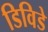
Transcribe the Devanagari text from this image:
डिविडे